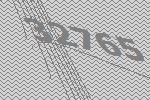
32765